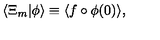
\langle \Xi _ { m } | \phi \rangle \equiv \langle f \circ \phi ( 0 ) \rangle ,